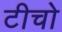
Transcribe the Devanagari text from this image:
टीचो